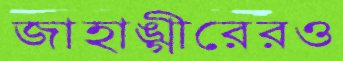
জাহাঙ্গীরেরও